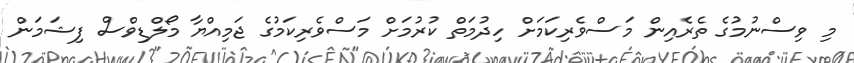
މި ވިސްނުމުގެ ތެރެއިން މަސްވެރިކަމަށް ހިދުމަތް ކުރުމަށް މަސްވެރިކަމުގެ ޖަމިއްޔާ މޯލްޑިވްސް ފިޝަމަން